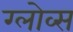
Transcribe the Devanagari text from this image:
ग्लोव्स